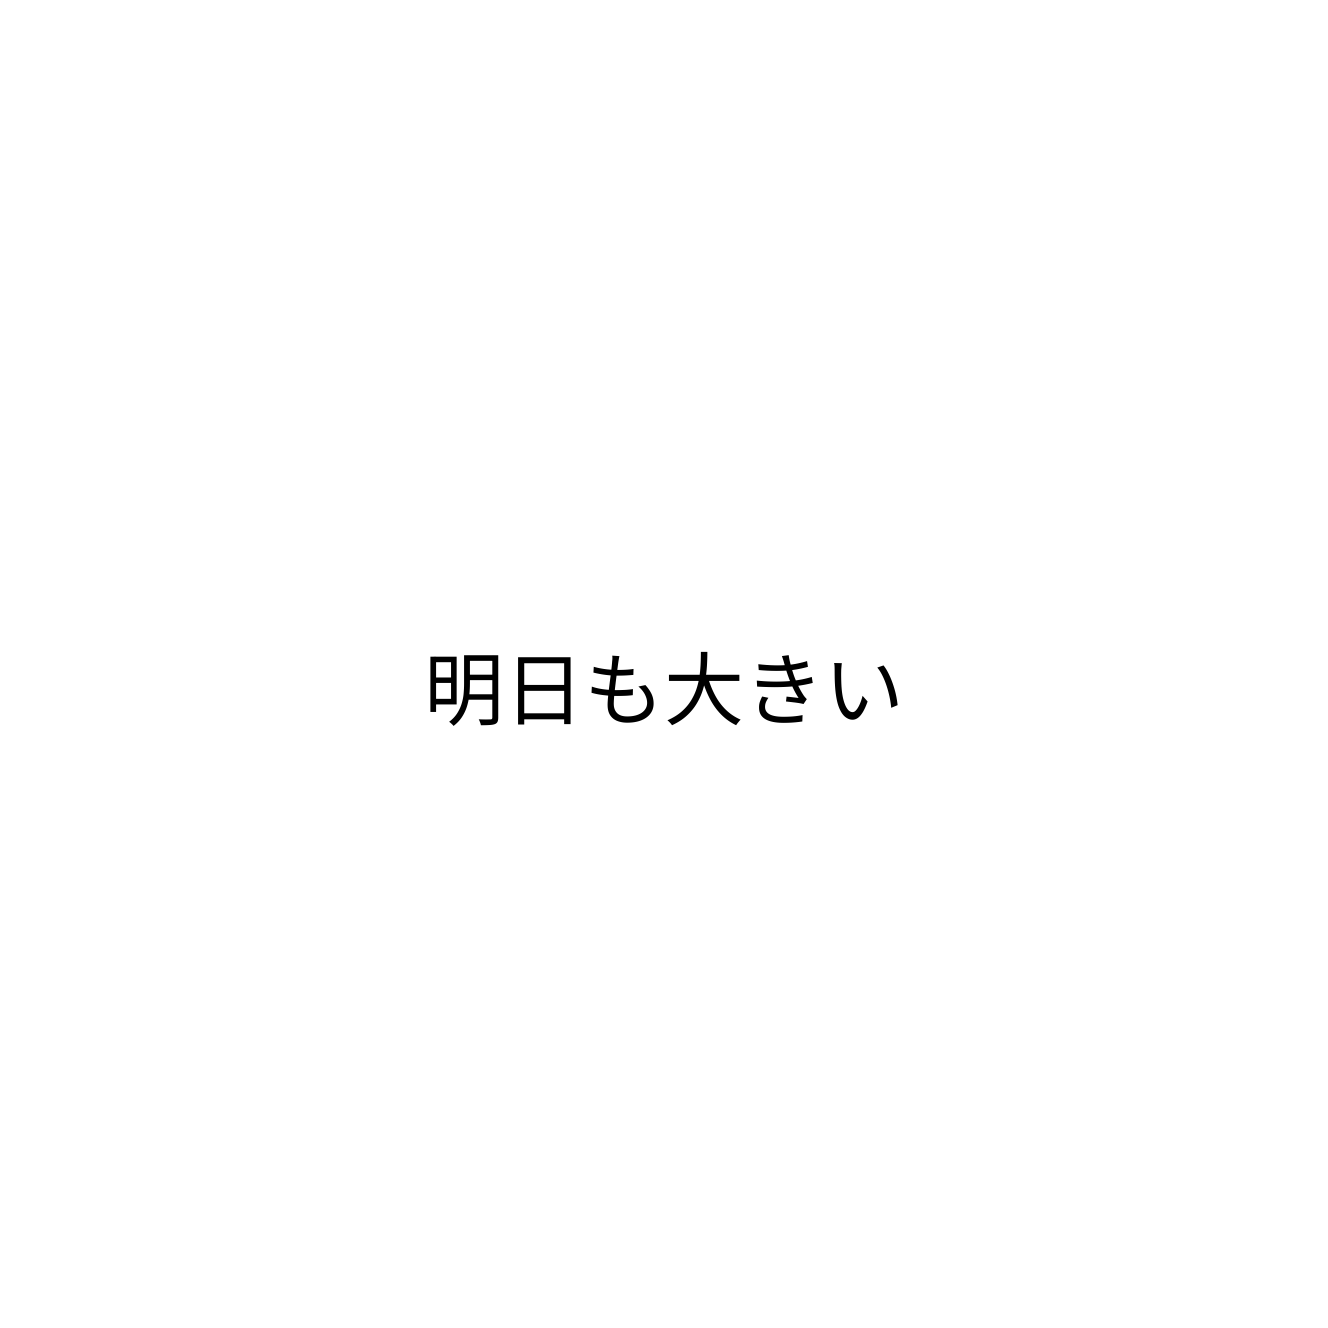
明日も大きい